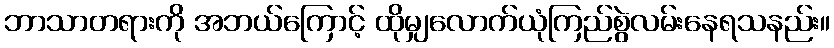
ဘာသာတရားကို အဘယ်ကြောင့် ထိုမျှလောက်ယုံကြည်စွဲလမ်းနေရသနည်း။